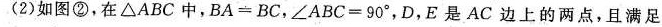
(2)如图②，在ΔABC中，BA=BC，∠ABC=90°，D，E是AC边上的两点，且满足